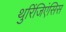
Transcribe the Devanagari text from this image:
थुरिंजिएंसिस